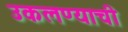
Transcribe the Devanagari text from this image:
उकलण्याची